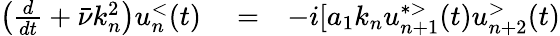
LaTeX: \begin{array}{rlr}{\left(\frac{d}{dt}+\bar{\nu}k_{n}^{2}\right)u_{n}^{<}(t)}&{{}=}&{-i[a_{1}k_{n}u_{n+1}^{*>}(t)u_{n+2}^{>}(t)}\end{array}